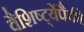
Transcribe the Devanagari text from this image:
वैशिष्ट्येंपैकी